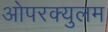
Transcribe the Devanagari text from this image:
ओपरक्युलम